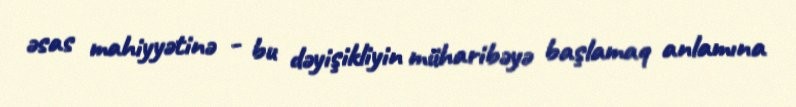
əsas mahiyyətinə - bu dəyişikliyin müharibəyə başlamaq anlamına